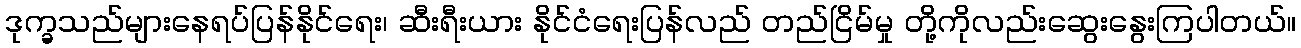
ဒုက္ခသည်များနေရပ်ပြန်နိုင်ရေး၊ ဆီးရီးယား နိုင်ငံရေးပြန်လည် တည်ငြိမ်မှု တို့ကိုလည်းဆွေးနွေးကြပါတယ်။